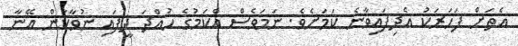
އެތަށް ފަހަރަކު އެދިފައިވާނެ ކަމަށެވެ. ނަމަވެސް އެކަމުގެ ހުއްދަ ދީފައި ނުވާކަން އޭނާ